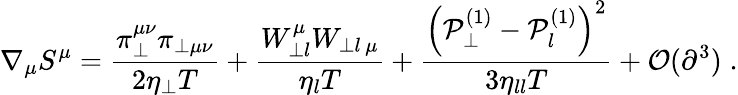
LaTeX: \nabla_{\mu}S^{\mu}=\frac{\pi_{\perp}^{\mu\nu}\pi_{\perp\mu\nu}}{2\eta_{\perp}T}+\frac{W_{\perp l}^{\mu}W_{\perp l\, \mu}}{\eta_{l}T}+\frac{\left(\mathcal{P}_{\perp}^{(1)}-\mathcal{P}_{l}^{(1)}\right)^{2}}{3\eta_{ll}T}+\mathcal{O}(\partial^{3})\; .